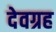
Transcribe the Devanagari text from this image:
देवग्रह